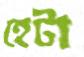
হেটা